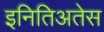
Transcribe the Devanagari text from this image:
इनितिअतेस